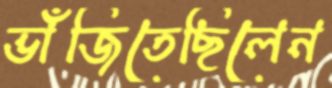
ভাঁজিতেছিলেন